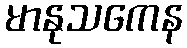
မာနုသကေန